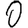
Digit: 0